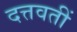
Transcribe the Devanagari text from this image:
दत्तवतीं